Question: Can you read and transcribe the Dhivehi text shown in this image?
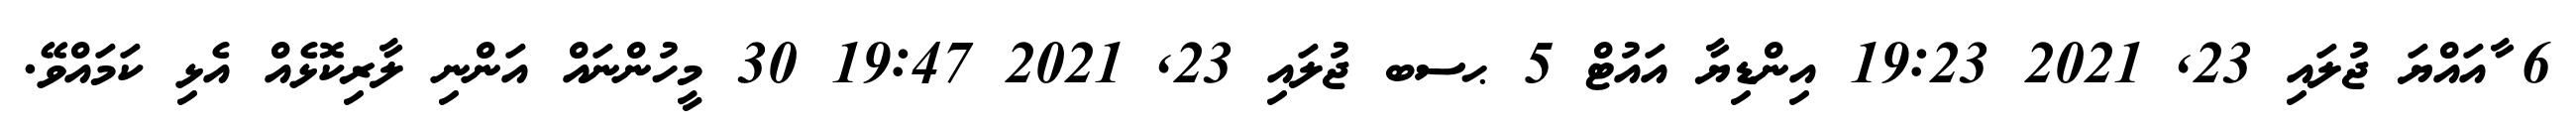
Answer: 6 ާއައްޔަ ޖުލައި 23, 2021 19:23 އިންޑިޔާ އައުޓް 5 ޙސބ ޖުލައި 23, 2021 19:47 30 މީހުންނައް އަންނި ލާރިކޮޅެއް އެޅި ކަމައްވޭ.